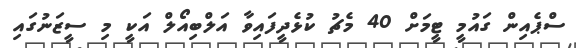
ސްޕެއިން ގައުމީ ޓީމަށް 40 މެޗު ކުޅެދީފައިވާ އަލްބިއޯލް އަކީ މި ސީޒަނުގައި